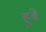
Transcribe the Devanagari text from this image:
हुबे